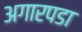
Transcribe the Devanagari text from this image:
अगारपडा